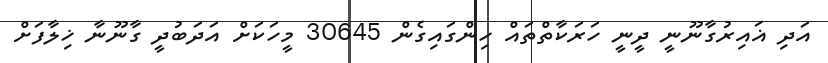
އަދި ޣައިރުގާނޫނީ ދީނީ ހަރަކާތްތައް ހިންގައިގެން 30645 މީހަކަށް އަދަބުދީ ގާނޫނާ ޚިލާފަށް